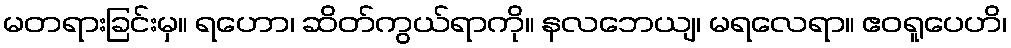
မတရားခြင်းမှ။ ရဟော၊ ဆိတ်ကွယ်ရာကို။ နလဘေယျ၊ မရလေရာ။ ဧဝရူပေဟိ၊